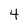
Character: 4